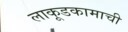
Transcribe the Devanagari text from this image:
लाकूडकामाची